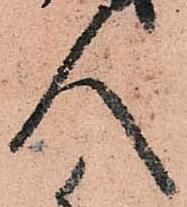
人